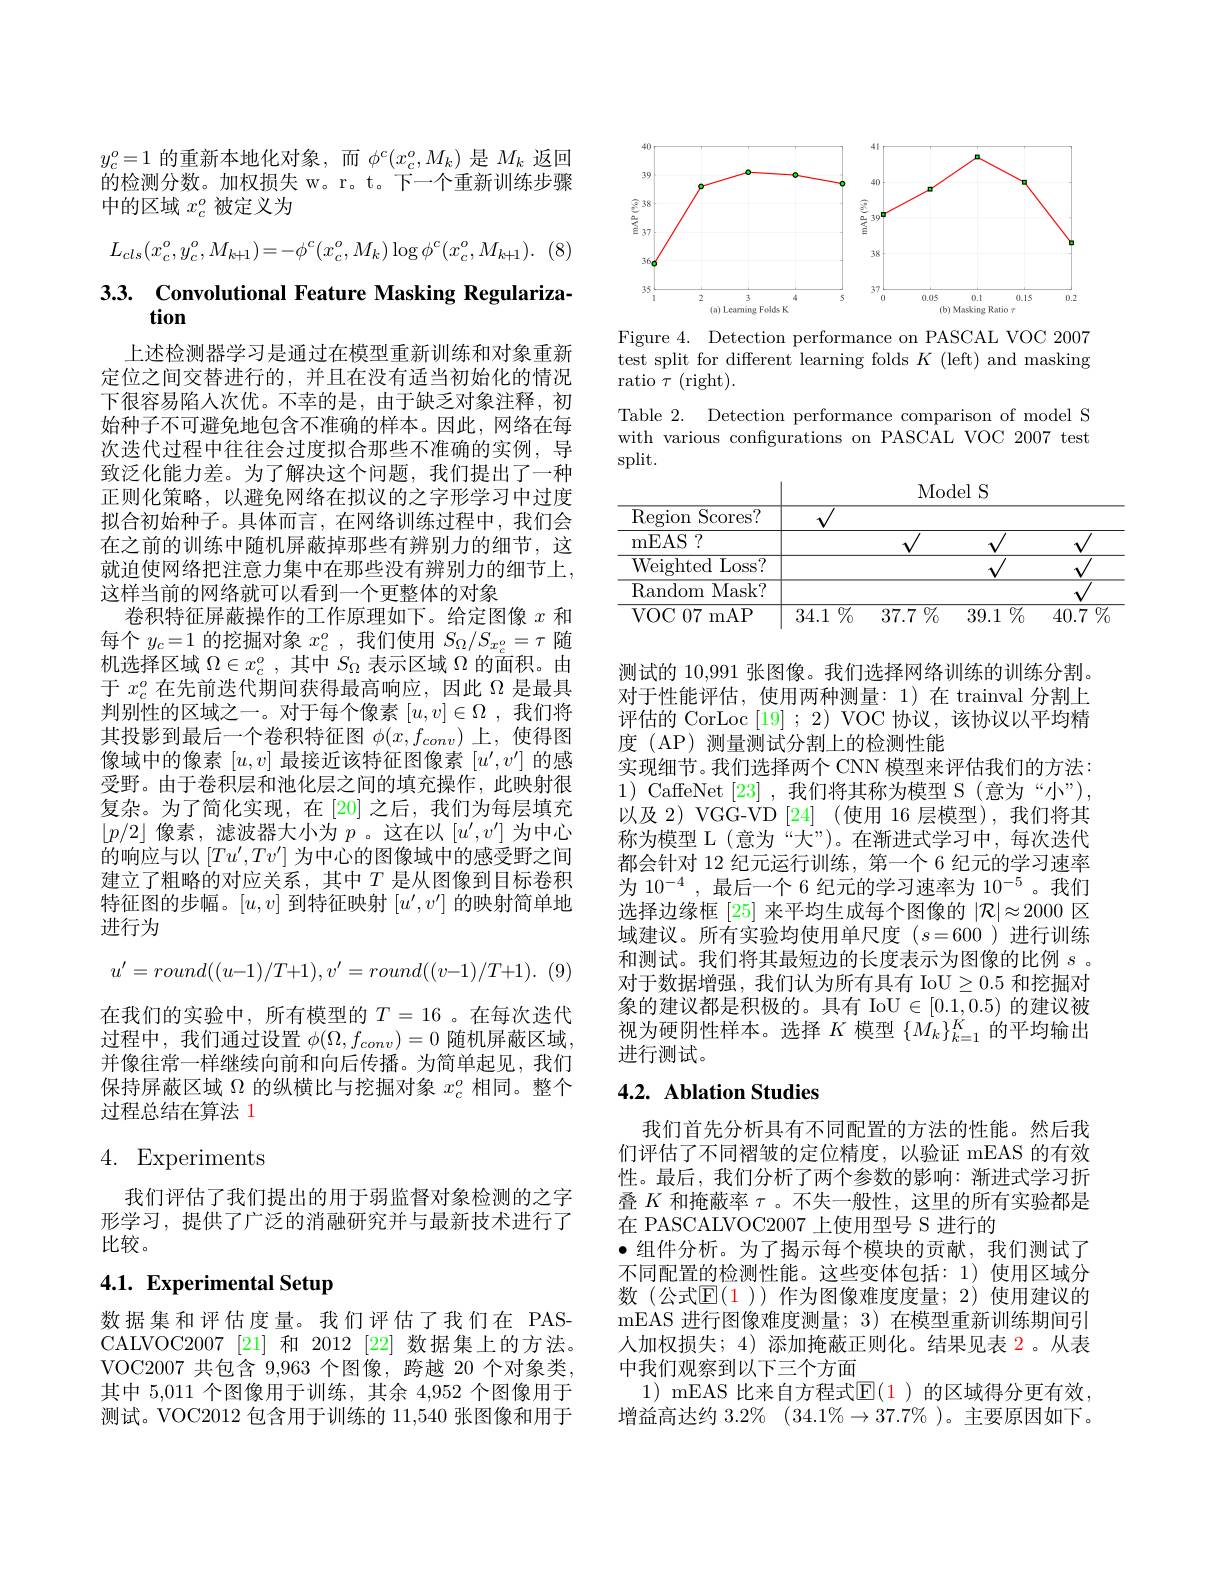
$y_c^o=1$的重新本地化对象，而$\phi^c(x_c^o,M_k)$是$M_k$返回的检测分数。加权损失 w。r。t。下一个重新训练步骤中的区域$x_c^o$被定义为

(8)
$$L_{cls}(x_c^o,y_c^o,M_{k+1})=-\phi^c(x_c^o,M_k)\log\phi^c(x_c^o,M_{k+1}).$$
# 3.3. Convolutional Feature Masking Regulariza-

上述检测器学习是通过在模型重新训练和对象重新定位之间交替进行的，并且在没有适当初始化的情况下很容易陷人次优。不幸的是，由于缺乏对象注释，初始种子不可避免地包含不准确的样本。因此，网络在每次迭代过程中往往会过度拟合那些不准确的实例，导致泛化能力差。为了解决这个问题，我们提出了一种正则化策略，以避免网络在拟议的之字形学习中过度拟合初始种子。具体而言，在网络训练过程中，我们会在之前的训练中随机屏蔽掉那些有辨别力的细节，这就迫使网络把注意力集中在那些没有辨别力的细节上， 这样当前的网络就可以看到一个更整体的对象
卷积特征屏蔽操作的工作原理如下。给定图像$x$和每个$y_c=1$的挖掘对象$x_c^o$,我们使用$S_\Omega/S_{x_c^o}=\tau$随机选择区域$\Omega\in x_c^o$,其中$S_\Omega$表示区域$\Omega$的面积。由于$x_c^o$在先前迭代期间获得最高响应，因此$\Omega$是最具判别性的区域之一。对于每个像素$[u,v]\in\Omega$ ,我们将其投影到最后一个卷积特征图$\phi(x,f_{conv})$上，使得图像域中的像素$[u,v]$最接近该特征图像素$[u^\prime,v^{\prime}]$的感受野。由于卷积层和池化层之间的填充操作，此映射很复杂。为了简化实现，在[20] 之后，我们为每层填充$\lfloor p/2\rfloor$像素，滤波器大小为$p$。这在以$[u^\prime,v^{\prime}]$为中心的响应与以$[Tu^\prime,Tv^\prime]$为中心的图像域中的感受野之间建立了粗略的对应关系，其中$T$ 是从图像到目标卷积特征图的步幅。$[u,v]$到特征映射$[u^\prime,v^{\prime}]$的映射简单地进行为
$$u'=round((u-1)/T+1),v'=round((v-1)/T+1).$$
在我们的实验中，所有模型的$T=16$ 。在每次迭代过程中，我们通过设置$\phi(\Omega,f_{conv})=0$随机屏蔽区域， 并像往常一样继续向前和向后传播。为简单起见，我们保持屏蔽区域$\Omega$的纵横比与挖掘对象$x_c^o$相同。整个过程总结在算法 1

# 4. Experiments

我们评估了我们提出的用于弱监督对象检测的之字形学习，提供了广泛的消融研究并与最新技术进行了比较。

# 4.1. Experimental Setup

数据集和评估度量。我们评估了我们在 PASCALVOC2007 [21] 和 2012 [22] 数据集上的方法。VOC2007 共包含 9,963 个图像，跨越 20 个对象类其中 5,011 个图像用于训练，其余 4,952 个图像用于测试。VOC2012 包含用于训练的11，540张图像和用于

<FigureHere>

Figure 4. Detection performance on PASCAL VOC 2007 test split for different learning folds $K$ (left) and masking ratio $\tau$ (right).

Table 2. Detection performance comparison of model S with various configurations on PASCAL VOC 2007 test split.

<table>
	<tbody>
		<tr>
			<td>Region Scores? </td>
			<td> </td>
			<td> </td>
			<td> </td>
		</tr>
		<tr>
			<td>mEAS 177</td>
			<td> </td>
			<td> </td>
			<td> </td>
		</tr>
		<tr>
			<td>Weighted Loss?</td>
			<td> </td>
			<td> </td>
			<td> </td>
		</tr>
		<tr>
			<td>Random Mask? </td>
			<td> </td>
			<td> </td>
			<td> </td>
		</tr>
		<tr>
			<td>VOC 07 r mAP</td>
			<td>34.1 $\%$</td>
			<td>$\overline{\%}$ 39.1 $\%$</td>
			<td>40.7 $\%$</td>
		</tr>
	</tbody>
</table>

测试的 10,991 张图像。我们选择网络训练的训练分割。对于性能评估，使用两种测量：1)在 trainval 分割上评估的 CorLoc [19] ; 2) VOC 协议，该协议以平均精度(AP)测量测试分割上的检测性能
实现细节。我们选择两个 CNN 模型来评估我们的方法： 1) CaffeNet [23] ,我们将其称为模型 S (意为“小”), 以及 2) VGG-VD [24] (使用 16 层模型),我们将其称为模型 L(意为“大”)。在渐进式学习中，每次迭代都会针对 12 纪元运行训练，第一个 6 纪元的学习速率为 10$^{-4}$,最后一个 6 纪元的学习速率为 10$^{-5}$。我们选择边缘框[25]来平均生成每个图像的$|\mathcal{R}|\approx2000$区域建议。所有实验均使用单尺度($s=600$)进行训练和测试。我们将其最短边的长度表示为图像的比例$s$ 。对于数据增强，我们认为所有具有 IoU$\geq0.5$和挖掘对象的建议都是积极的。具有 IoU$\in[0.1,0.5)$的建议被视为硬阴性样本。选择$K$模型$\{\dot{M_k}\}_{k=1}^{\dot{K}}$的平均输出进行测试。

## 4.2. Ablation Studies

我们首先分析具有不同配置的方法的性能。然后我们评估了不同褶皱的定位精度，以验证 mEAS 的有效性。最后，我们分析了两个参数的影响：渐进式学习折叠$K$和掩蔽率$\tau$。不失一般性，这里的所有实验都是在 PASCALVOC2007 上使用型号 S 进行的
·组件分析。为了揭示每个模块的贡献，我们测试了不同配置的检测性能。这些变体包括：1)使用区域分数(公式$\mathbb{E}(1))$ 作为图像难度度量；2)使用建议的mEAS 进行图像难度测量；3) 在模型重新训练期间引人加权损失；4)添加掩蔽正则化。结果见表 2。从表中我们观察到以下三个方面
1) mEAS 比来自方程式$\mathbb{E}(\color{red}1)$ 的区域得分更有效， 增益高达约$3. 2\%$ $( 34. 1\% \to 37. 7\%$ )。主要原因如下。